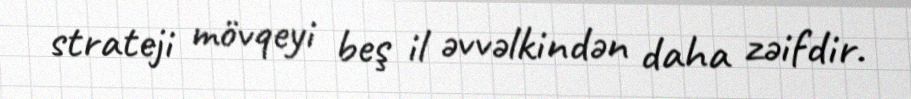
strateji mövqeyi beş il əvvəlkindən daha zəifdir.